Code of medical and sanitary regulations for the guidance of medical officers serving in the Madras Presidency - Volume II
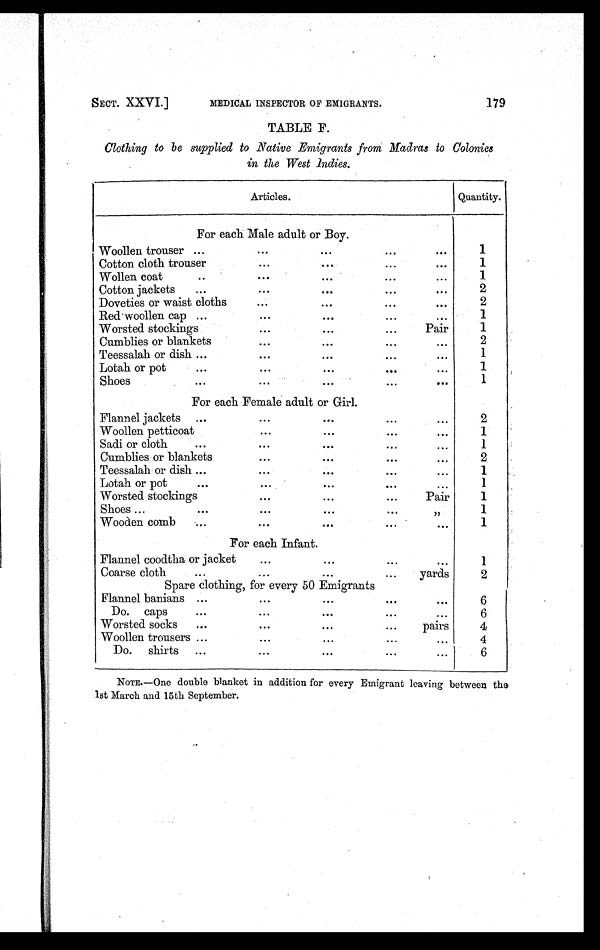
SECT. XXVI.]
MEDICAL INSPECTOR OF EMIGRANTS.
179
TABLE F.
Clothing to be supplied to Native Emigrants from Madras to Colonies
in the West Indies.
Articles.
Quantity.
For each Male adult or Boy.
Woollen trouser ...
. . .
. . .
...
. . .
1
Cotton cloth trouser
. . .
. . .
...
. . .
1
Wollen coat
. . .
. . .
. . .
. . .
. . .
1
Cotton jackets
...
. . .
. . .
. . .
...
2
Doveties or waist cloths
...
...
. . .
. . .
2
Red woollen cap ...
. . .
. . .
...
...
1
Worsted stockings
. . .
. . .
. . .
Pair
1
Cumblies or blankets
. . .
. . .
...
. . .
2
Teessalah or dish ...
...
. . .
. . .
. . .
1
Lotah or pot
. . .
...
. . .
...
...
1
Shoes
. . .
...
. . .
. . .
. . .
1
For each Female adult or Girl.
Flannel jackets ...
. . .
. . .
. . .
. . .
2
Woollen petticoat
. . .
. . .
. . .
. . .
1
Sadi or cloth
. . .
. . .
. . .
. . .
. . .
1
Cumblies or blankets
. . .
. . .
. . .
. . .
2
Teessalah or dish ...
. . .
. . .
. . .
...
1
Lotah or pot
...
. . .
...
. . .
. . .
1
Worsted stockings
. . .
. . .
...
Pair
1
Shoes ...
. . .
. . .
. . .
. . .
„
1
Wooden comb
...
. . .
. . .
. . .
. . .
1
For each Infant.
Flannel coodtha or jacket
. . .
. . .
...
. . .
1
Coarse cloth
...
. . .
. . .
...
yards
2
Spare clothing, for every 50 Emigrants
Flannel banians ...
. . .
. . .
. . .
. . .
6
Do. caps
. . .
. . .
. . .
. . .
...
6
Worsted socks
...
. . .
. . .
...
pairs
4
Woollen trousers ...
. . .
. . .
. . .
...
4
Do. shirts
...
. . .
. . .
. . .
. . .
6
NOTE.—One double blanket in addition for every Emigrant leaving between the
1st March and 15th September.